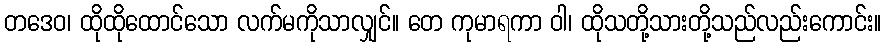
တဒေဝ၊ ထိုထိုထောင်သော လက်မကိုသာလျှင်။ တေ ကုမာရကာ ဝါ၊ ထိုသတို့သားတို့သည်လည်းကောင်း။